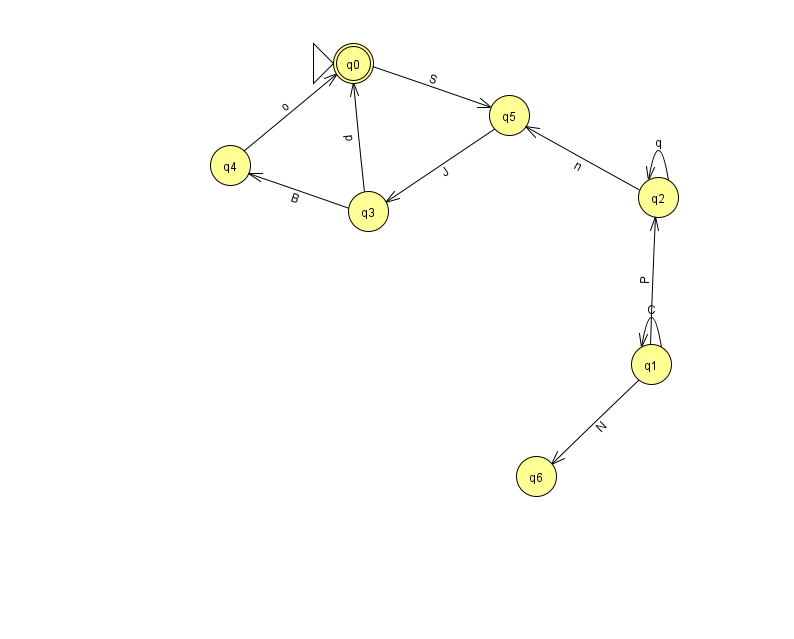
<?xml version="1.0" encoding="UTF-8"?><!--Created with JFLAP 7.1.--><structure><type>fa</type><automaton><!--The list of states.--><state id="0" name="q0"><x>353.0</x><y>50.0</y><initial/><final/></state><state id="1" name="q1"><x>651.0</x><y>351.0</y></state><state id="2" name="q2"><x>658.0</x><y>184.0</y></state><state id="3" name="q3"><x>368.0</x><y>198.0</y></state><state id="4" name="q4"><x>230.0</x><y>152.0</y></state><state id="5" name="q5"><x>509.0</x><y>102.0</y></state><state id="6" name="q6"><x>536.0</x><y>463.0</y></state><!--The list of transitions.--><transition><from>3</from><to>0</to><read>p</read></transition><transition><from>4</from><to>0</to><read>o</read></transition><transition><from>1</from><to>6</to><read>N</read></transition><transition><from>2</from><to>2</to><read>q</read></transition><transition><from>0</from><to>5</to><read>S</read></transition><transition><from>1</from><to>2</to><read>P</read></transition><transition><from>1</from><to>1</to><read>C</read></transition><transition><from>5</from><to>3</to><read>J</read></transition><transition><from>2</from><to>5</to><read>n</read></transition><transition><from>3</from><to>4</to><read>B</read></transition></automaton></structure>